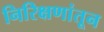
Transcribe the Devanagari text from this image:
निरिक्षणांतून